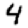
Digit: 4